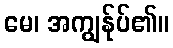
မေ၊ အကျွန်ုပ်၏။